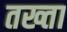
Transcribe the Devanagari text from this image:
तख्‍ता